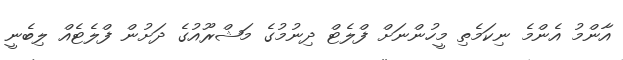
އާންމު އެންމެ ނިކަމެތި މީހުންނަށް ފްލެޓް ދިނުމުގެ މަޝްރޫއުގެ ދަށުން ފްލެޓެއް ލިބެނީ